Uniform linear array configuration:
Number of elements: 24
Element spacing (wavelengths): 0.5
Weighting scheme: binomial
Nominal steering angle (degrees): -45
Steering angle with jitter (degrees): -44.544
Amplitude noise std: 0.05
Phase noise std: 0.05

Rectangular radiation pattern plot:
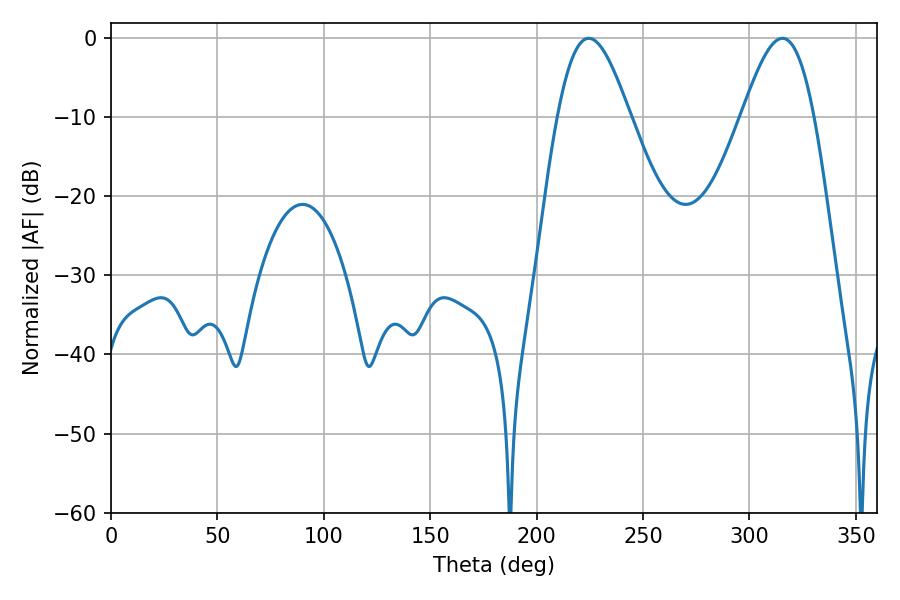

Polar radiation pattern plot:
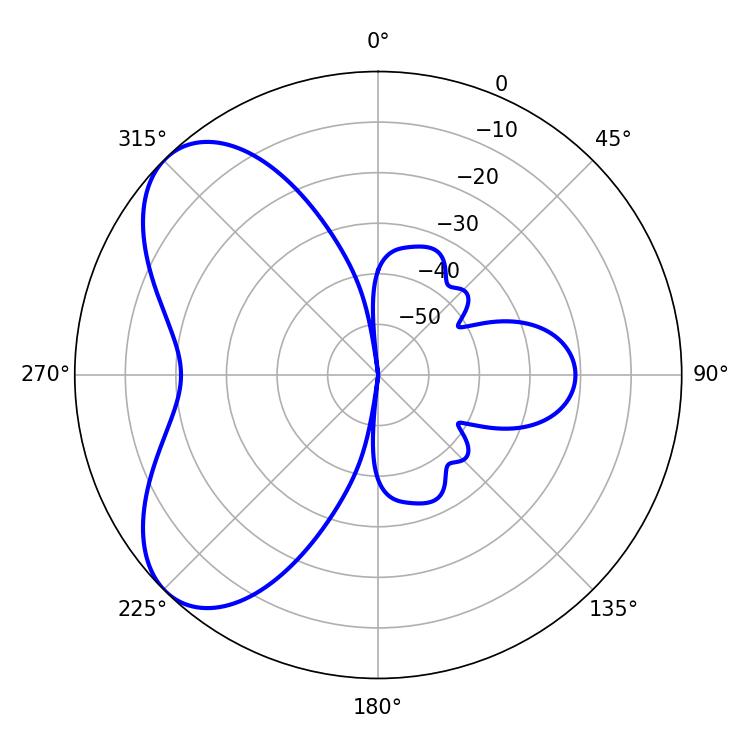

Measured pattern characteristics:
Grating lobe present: FALSE
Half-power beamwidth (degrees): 18.18
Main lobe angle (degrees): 224.46